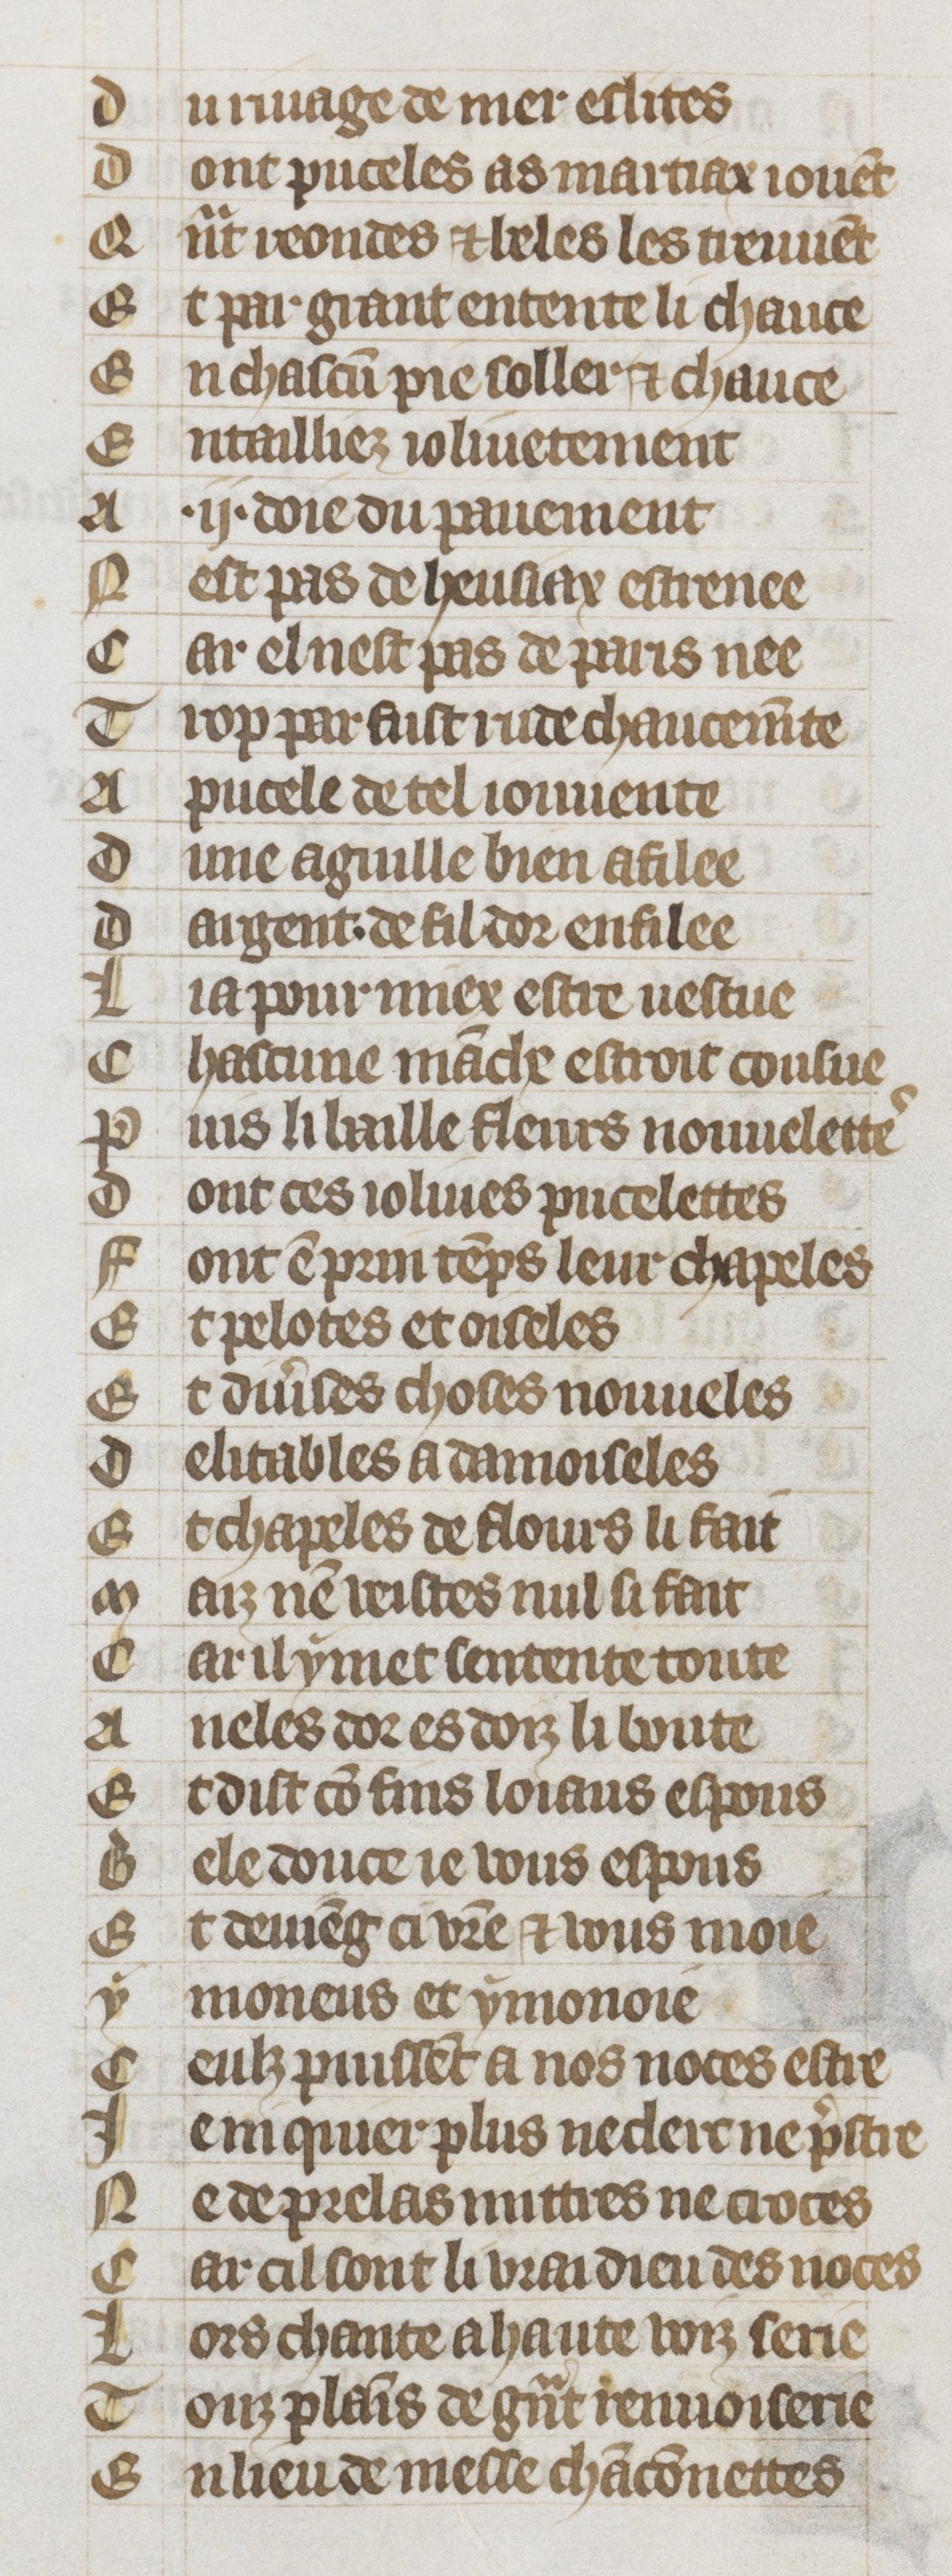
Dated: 1353–1353